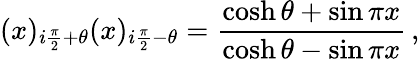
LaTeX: (x)_{i\frac{\pi}{2}+\theta}(x)_{i\frac{\pi}{2}-\theta}=\frac{\cosh\theta+\sin\pi x}{\cosh\theta-\sin\pi x}\, ,